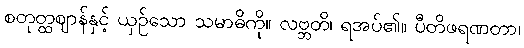
စတုတ္ထဈာန်နှင့် ယှဉ်သော သမာဓိကို။ လဗ္ဘတိ၊ ရအပ်၏။ ပီတိဖရဏတာ၊